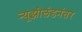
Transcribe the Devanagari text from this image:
न्यूझीलंडनंतर